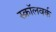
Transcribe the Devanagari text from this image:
स्क्रॉलवर्क